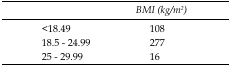
<table><thead><tr><td></td><td><b><i>BMI (kg/m2)</i></b></td></tr></thead><tbody><tr><td>&lt;18.49</td><td>108</td></tr><tr><td>18.5 - 24.99</td><td>277</td></tr><tr><td>25 - 29.99</td><td>16</td></tr></tbody></table>